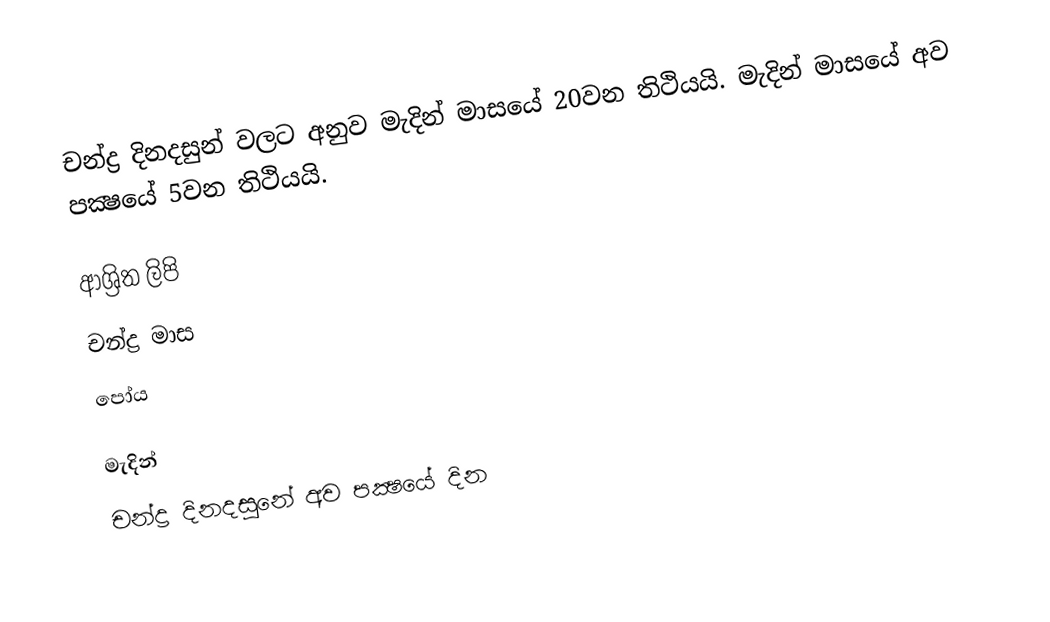
චන්ද්‍ර දිනදසුන් වලට අනුව මැදින් මාසයේ 20වන තිථියයි. මැදින් මාසයේ අව පක්‍ෂයේ 5වන තිථියයි.

ආශ්‍රිත ලිපි
 චන්ද්‍ර මාස
 පෝය

මැදින්
චන්ද්‍ර දිනදසුනේ අව පක්‍ෂයේ දින